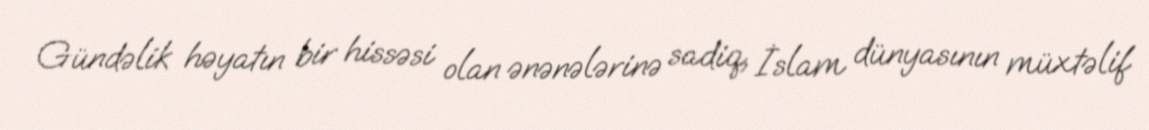
Gündəlik həyatın bir hissəsi olan ənənələrinə sadiq, İslam dünyasının müxtəlif